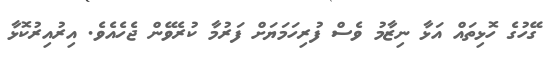
ގޭހުގެ ހޮޅިތައް އަޅާ ނިޒާމު ވެސް ފުރިހަމަޔަށް ފަރުމާ ކުރެވޭން ޖެހެއެވެ. އިރުއިރުކޮޅާ